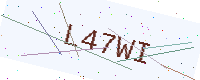
Text: L47WI